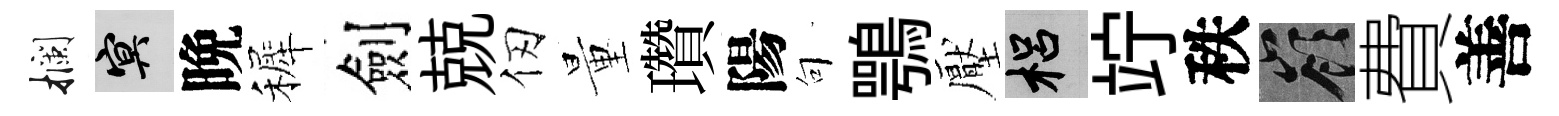
攔冥晩裤劍兢仞量瓚陽句鶚壓梠竚秩嶺費善